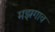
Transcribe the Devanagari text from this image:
मझगाव